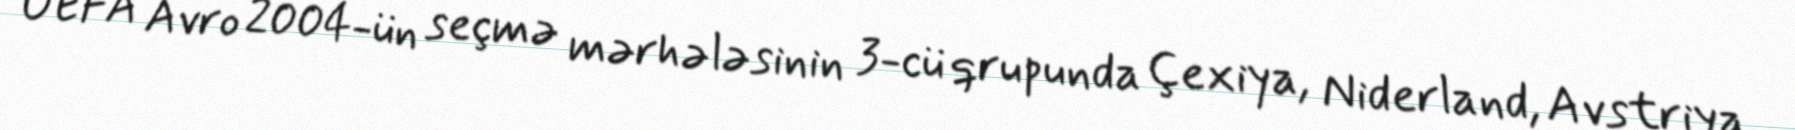
UEFA Avro 2004-ün seçmə mərhələsinin 3-cü qrupunda Çexiya, Niderland, Avstriya,